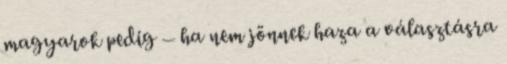
magyarok pedig – ha nem jönnek haza a választásra